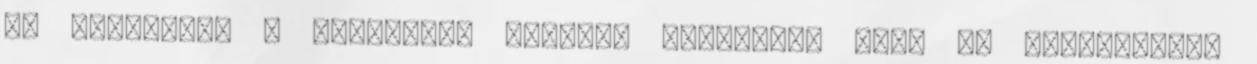
Az előadások a következő témára: "Personal Vote és Pártosság"—